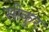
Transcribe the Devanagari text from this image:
सीकुर